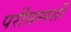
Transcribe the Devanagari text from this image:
परीसस्पर्शी